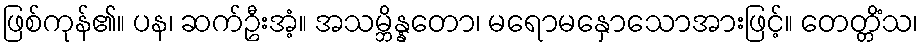
ဖြစ်ကုန်၏။ ပန၊ ဆက်ဦးအံ့။ အသမ္ဘိန္နတော၊ မရောမနှောသောအားဖြင့်။ တေတ္တိံသ၊